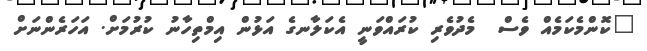
"ކޮންމެކަމެއް ވެސް  މެދުވެރި ކުރައްވަނީ އެކަލާނގެ އަޅުން އިމްތިހާނު ކުރުމަށް. އަހަރެންނަށް